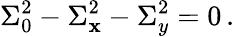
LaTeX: \Sigma_{0}^{2}-\Sigma_{\mathbf{x}}^{2}-\Sigma_{y}^{2}=0\, .